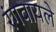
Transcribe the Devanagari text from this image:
रंगवायले